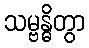
သမ္ဗန္ဓိတွာ